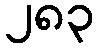
၂၈၃